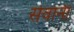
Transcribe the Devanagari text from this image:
सेवानी